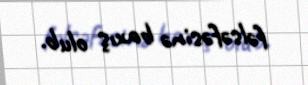
fəlsəfəsinə baxış olub.